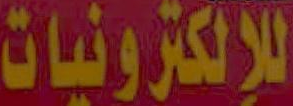
للإلكترونيات